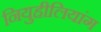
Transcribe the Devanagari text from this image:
नियुहीलियांग